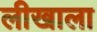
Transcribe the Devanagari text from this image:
लीखाला